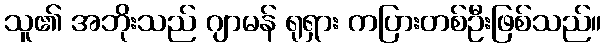
သူ၏ အဘိုးသည် ဂျာမန် ရုရှား ကပြားတစ်ဦးဖြစ်သည်။